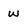
Character: W